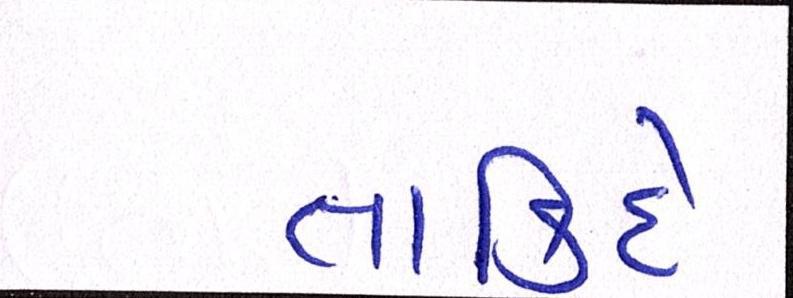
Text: તાકિદે